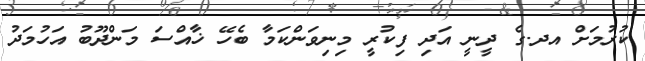
ކުރުމަށް އދ.ގެ ދީނީ އަދި ފިކުރީ މިނިވަންކަމާ ބެހޭ ޚާއްސަ މަންދޫބު އަހުމަދު